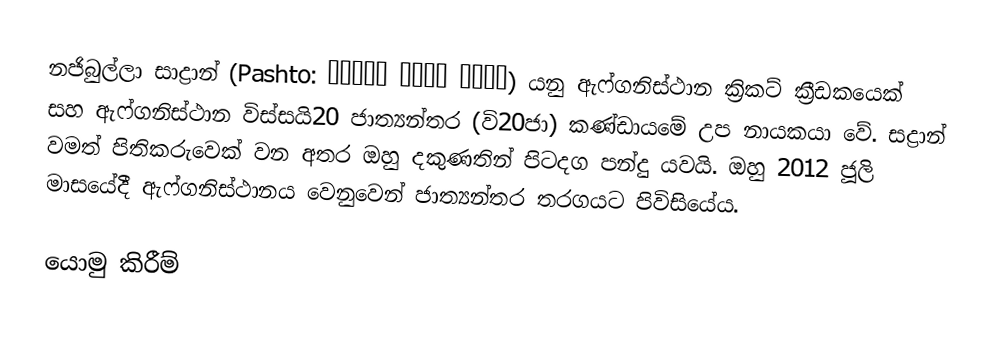
නජිබුල්ලා සාද්‍රාන් (Pashto: نجیب الله ځدراڼ) යනු ඇෆ්ගනිස්ථාන ක්‍රිකට් ක්‍රීඩකයෙක් සහ ඇෆ්ගනිස්ථාන විස්සයි20 ජාත්‍යන්තර (වි20ජා) කණ්ඩායමේ උප නායකයා වේ. සද්‍රාන් වමත් පිතිකරුවෙක් වන අතර ඔහු දකුණතින් පිටදග පන්දු යවයි. ඔහු 2012 ජූලි මාසයේදී ඇෆ්ගනිස්ථානය වෙනුවෙන් ජාත්‍යන්තර තරගයට පිවිසියේය.

යොමු කිරීම්